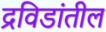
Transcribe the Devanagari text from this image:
द्रविडांतील